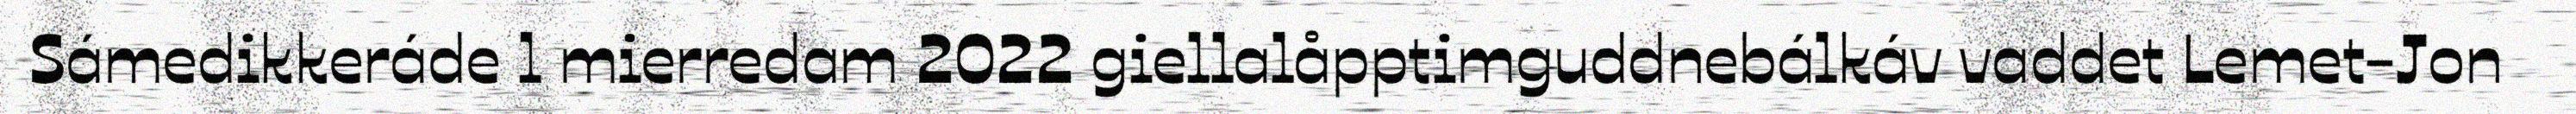
Sámedikkeráde l mierredam 2022 giellalåpptimguddnebálkáv vaddet Lemet-Jon